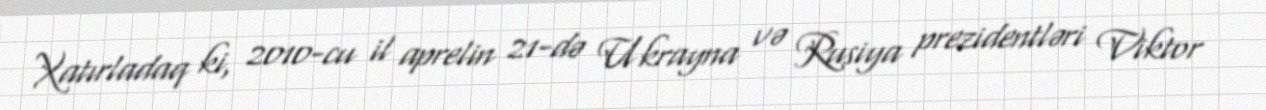
Xatırladaq ki, 2010-cu il aprelin 21-də Ukrayna və Rusiya prezidentləri Viktor